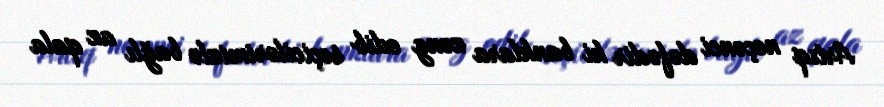
Artıq neçənci dəfədir ki banklara zəng edib seçicilərimizlə bağlı az qala